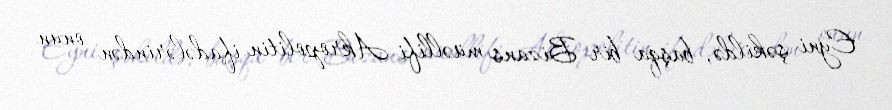
Eyni şəkildə, başqa bir Bizans müəllifi Akropolitin ifadələrindən onun